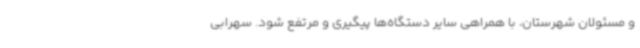
و مسئولان شهرستان، با همراهی سایر دستگاه‌ها پیگیری و مرتفع شود. سهرابی